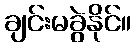
ချင်းမခွဲနိုင်။